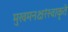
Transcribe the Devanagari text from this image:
मुखमनक्षरंस्वाकृते